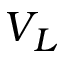
V _ { L }